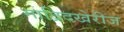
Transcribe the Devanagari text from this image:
माद्रिदखेरीज